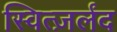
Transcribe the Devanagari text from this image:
स्वित्ज़र्लंद